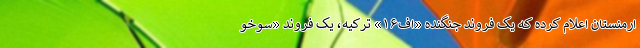
ارمنستان اعلام کرده که یک فروند جنگنده «اف۱۶» ترکیه، یک فروند «سوخو